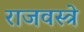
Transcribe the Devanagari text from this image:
राजवस्त्रे